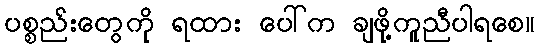
ပစ္စည်းတွေကို ရထား ပေါ်က ချဖို့ကူညီပါရစေ။